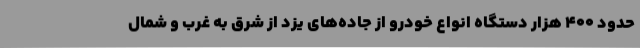
حدود ۴۰۰ هزار دستگاه انواع خودرو از جاده‌های یزد از شرق به غرب و شمال